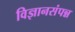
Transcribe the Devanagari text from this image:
विज्ञानसंपन्न